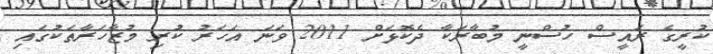
ކުރީގެ ރައީސް ހުސްނީ މުބާރަކާ ދެކޮޅަށް 2011 ވަނަ އަހަރު ކުރި މުޒާހަރާތަކުގައި